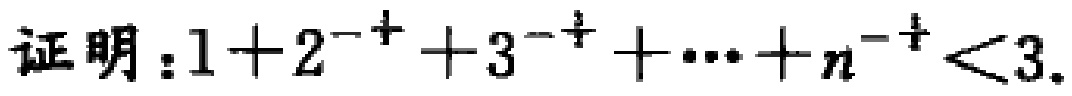
证明：\(1 + 2^{-\frac{1}{2}} + 3^{-\frac{1}{2}} + \cdots + n^{-\frac{1}{2}} < 3\)